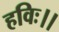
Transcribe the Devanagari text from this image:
हविः।।